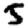
Digit: 5